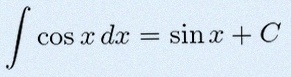
\int \cos x\,dx=\sin x+C